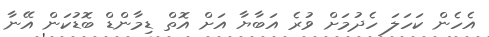
އެހެން ކަހަލަ ހެދުމަށް ވުރެ އަބާޔާ އަށް އޮތް ޑިމާންޑް ބޮޑުކަން އޭނާ